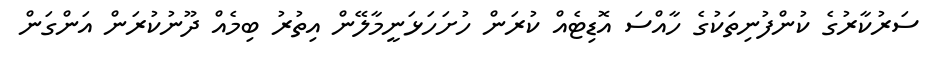
ސަރުކާރުގެ ކުންފުނިތަކުގެ ހާއްސަ އޮޑިޓެއް ކުރަން ހުށަހަޅަނީމާލޭން އިތުރު ބިމެއް ދޫނުކުރަން އަންގަން